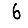
Digit: 6